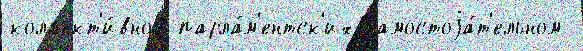
колл'ект'и́вной парла́м'ентск'их самостоjа́т'ельном